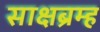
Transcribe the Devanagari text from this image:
साक्षब्रम्ह